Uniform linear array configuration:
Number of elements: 12
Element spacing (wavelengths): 0.25
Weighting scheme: blackman
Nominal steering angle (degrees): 15
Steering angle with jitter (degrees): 13.662
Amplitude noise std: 0.05
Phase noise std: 0.05

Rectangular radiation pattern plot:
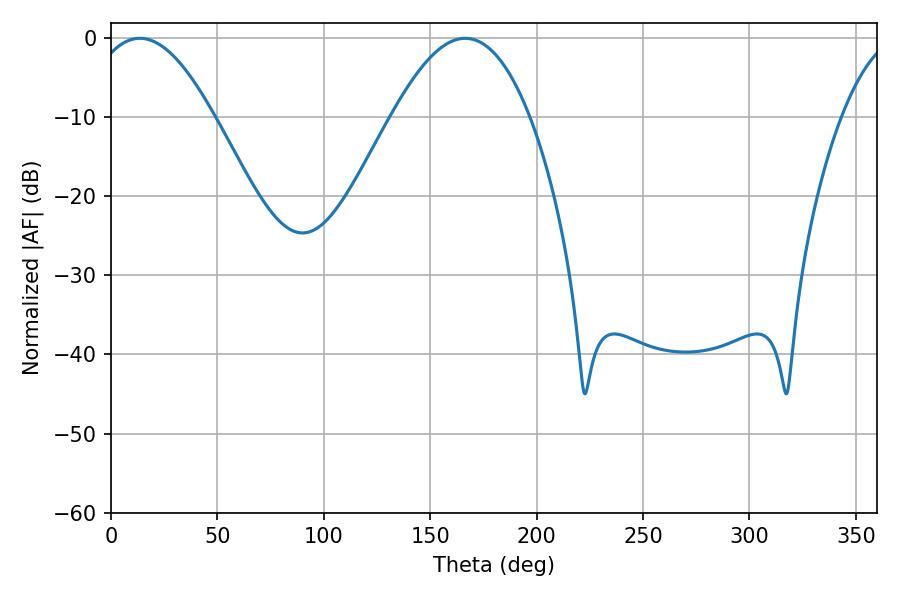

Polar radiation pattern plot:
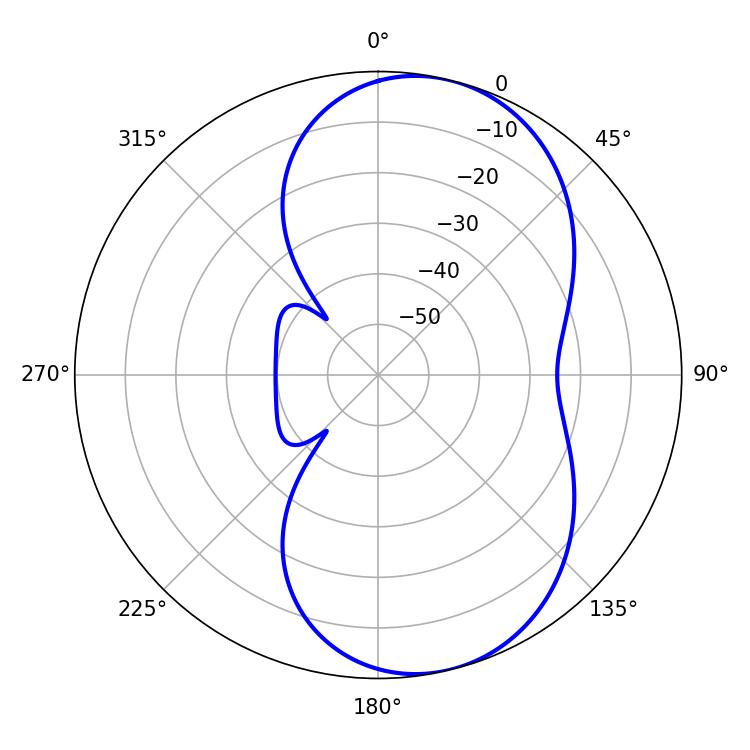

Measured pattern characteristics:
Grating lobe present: FALSE
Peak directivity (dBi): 7.679
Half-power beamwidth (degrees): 31.86
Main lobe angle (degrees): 13.5